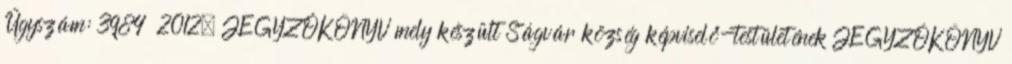
Ügyszám: 3984 2012. JEGYZŐKÖNYV mely készült Ságvár község képviselő-testületének JEGYZŐKÖNYV